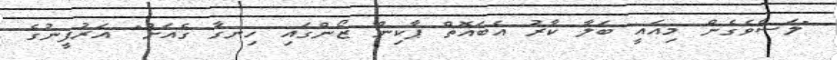
"ލަސްވެގެން މިއައީ ބަލާ ކާރު އެބައޮތް ޕާކިން ޒޯންގައި ހިނގާ ގެއަށް" އަރުފީނުގެ